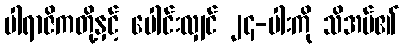
ပါရာဇိကတို့နှင့် ပေါင်းလျှင် ၂၄-ပါးကို သိအပ်၏